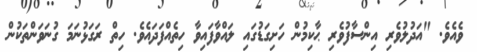
ވެއެވެ. "އަދުލުވެރި އިންސާފުވެރި ޙާކިމުން ހަށިގަޑުގައި ލައްވާފައިވާ ހިތެއްފަދައެވެ. ހިތް ރަގަޅުނަމަ ގުނަވަންތަކުން